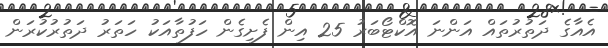
އެއާގެ ދަތުރުތައް އަންނަ އޮކްޓޯބަރު 25 އިން ފެށިގެން ހަފުތާއަކު ހަތަރު ދަތުރުކުރަން